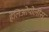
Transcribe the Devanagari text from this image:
हेलिओपोलीस